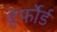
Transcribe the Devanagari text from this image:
हेर्फोर्ड